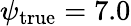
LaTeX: \psi_{\textrm{true}}=7.0